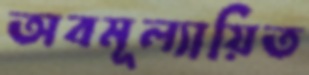
অবমূল্যায়িত